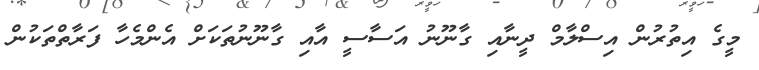
މީގެ އިތުރުން އިސްލާމް ދީނާއި ގާނޫނު އަސާސީ އާއި ގާނޫނުތަކަށް އެންމެހާ ފަރާތްތަކުން